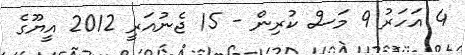
4 އަހަރު 9 މަސް ކުރިން - 15 ޖެނުއަރީ 2012 އީޔޫގެ